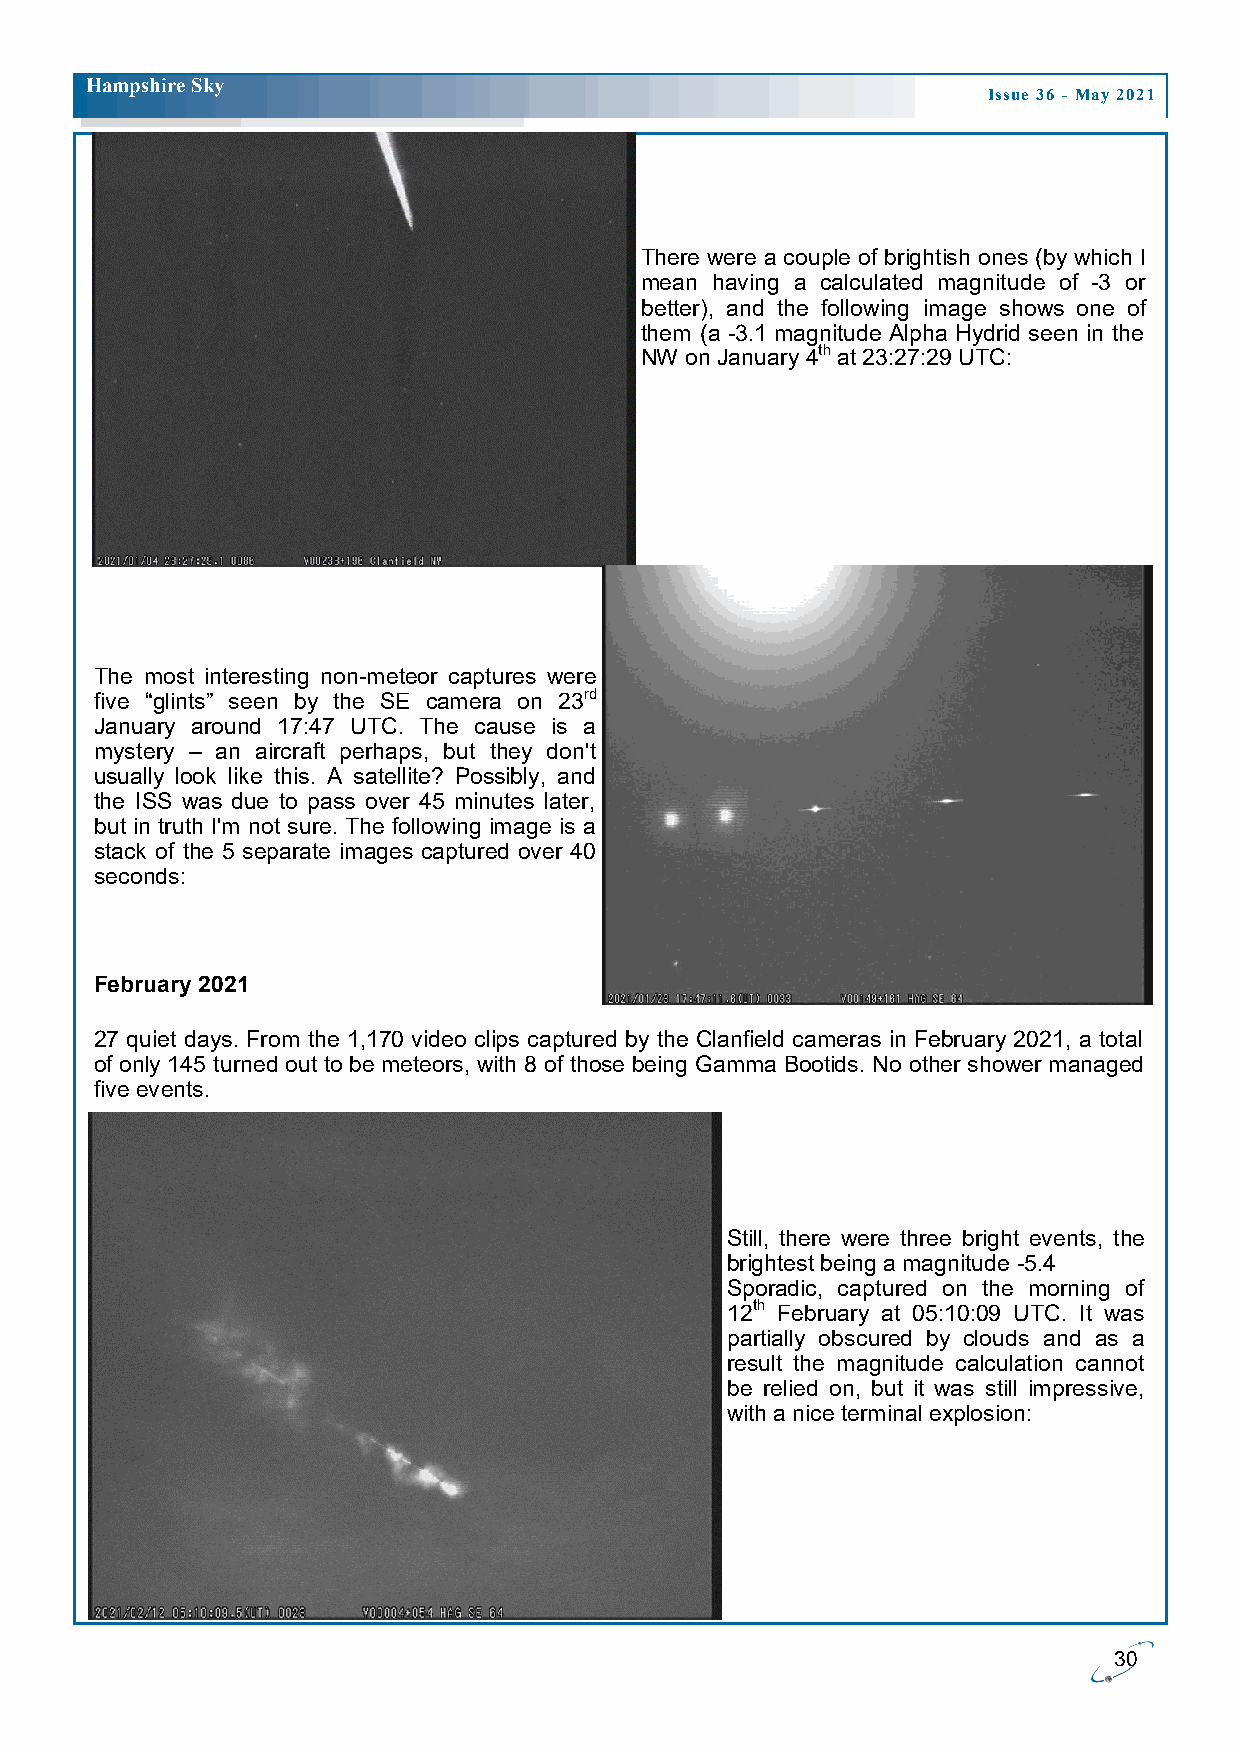
H ampshire Sky
 Issue 36 - May 2021
 There were a couple of brightish ones (by which I
 mean having a calculated magnitude of -3 or
 better), and the following image shows one of
 them (a -3.1 magnitude Alpha Hydrid seen in the
 NW on January 4th at 23:27:29 UTC:
 The most interesting non-meteor captures were
 five “glints” seen by the SE camera on 23rd
 January around 17:47 UTC. The cause is a
 mystery – an aircraft perhaps, but they don't
 usually look like this. A satellite? Possibly, and
 the ISS was due to pass over 45 minutes later,
 but in truth I'm not sure. The following image is a
 stack of the 5 separate images captured over 40
 seconds:
 February 2021
 27 quiet days. From the 1,170 video clips captured by the Clanfield cameras in February 2021, a total
 of only 145 turned out to be meteors, with 8 of those being Gamma Bootids. No other shower managed
 five events.
 Still, there were three bright events, the
 brightest being a magnitude -5.4
 Sporadic, captured on the morning of
 12th February at 05:10:09 UTC. It was
 partially obscured by clouds and as a
 result the magnitude calculation cannot
 be relied on, but it was still impressive,
 with a nice terminal explosion:
 30